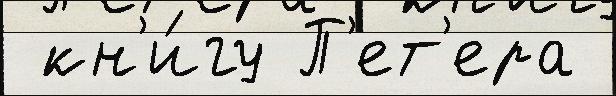
 кн'и́гу П'ет'ера